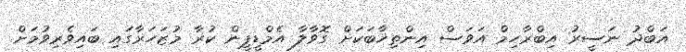
އަބްދު ނަސީރު އިބްރާހިމް އަވަސް އިންތިޚާބަކަށް ގޮވާލާ އެމްޑީޕީން ކުރާ މުޒަހަރާގައި ބައިވެރިވުމަށް